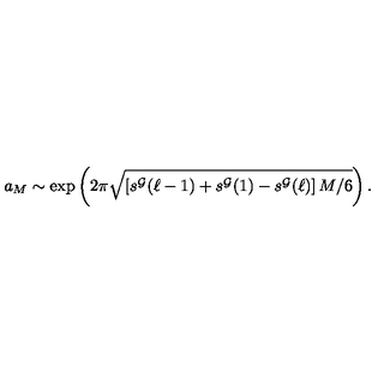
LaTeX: a _ { M } \sim \exp \left( 2 \pi \sqrt { \left[ s ^ { \cal G } ( \ell - 1 ) + s ^ { \cal G } ( 1 ) - s ^ { \cal G } ( \ell ) \right] M / 6 } \right) .